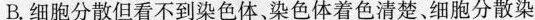
B.细胞分散但看不到染色体，染色体着色清楚、细胞分散染